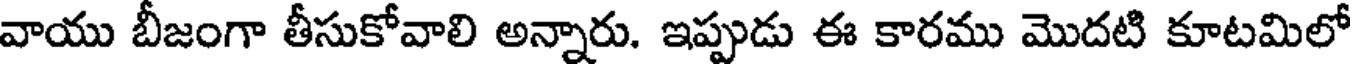
వాయు బీజంగా తీసుకోవాలి అన్నారు. ఇప్పుడు ఈ కారము మొదటి కూటమిలో